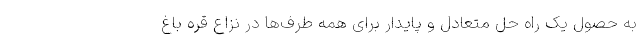
به حصول یک راه حل متعادل و پایدار برای همه طرف‌ها در نزاع قره باغ